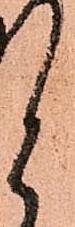
と